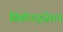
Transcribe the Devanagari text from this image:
सिंक्रोनाइज़ेशन